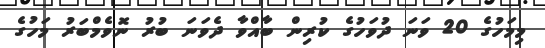
މިމަހުގެ 20 ވަނަ ދުވަހުގެ ކުރިން ބާއްވާ ދެވަނަ ބުރު ނޮވެމްބަރު މަހުގެ